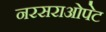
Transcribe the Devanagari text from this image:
नरसराओपेट